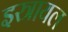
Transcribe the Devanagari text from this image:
इस्त्रायल